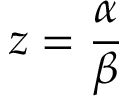
z = \frac { \alpha } { \beta }